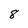
Character: 8